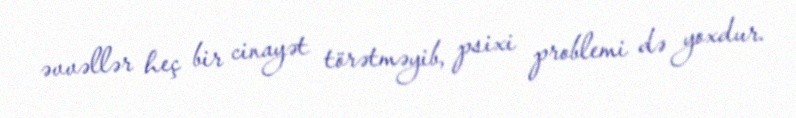
əvvəllər heç bir cinayət törətməyib, psixi problemi də yoxdur.